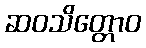
ဆဝသိတ္တောဝ